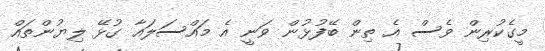
މީގެކުރިން ވެސް އެ ތިން ބޭފުޅުން ވަނީ އެ މައްސަލައާ ގުޅޭ ލިޔުންތައް